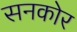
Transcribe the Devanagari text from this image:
सनकोर